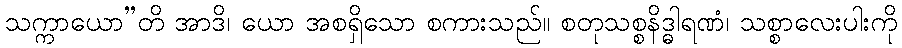
သက္ကာယော”တိ အာဒိ၊ ယော အစရှိသော စကားသည်။ စတုသစ္စနိဒ္ဓါရဏံ၊ သစ္စာလေးပါးကို